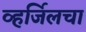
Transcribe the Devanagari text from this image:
व्हर्जिलचा